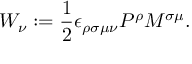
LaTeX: W _ { \nu } : = \frac { 1 } { 2 } \epsilon _ { \rho \sigma \mu \nu } P ^ { \rho } M ^ { \sigma \mu } .